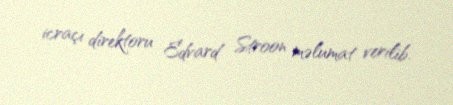
icraçı direktoru Edvard Stroon məlumat verilib.